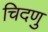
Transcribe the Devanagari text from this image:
चिदणु